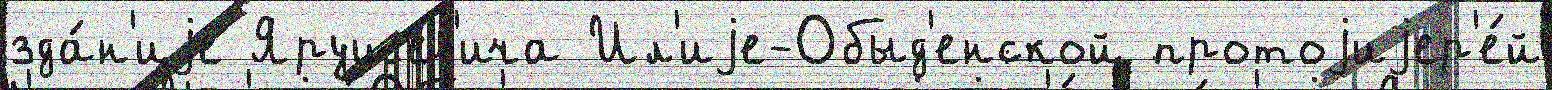
зда́н'иjе Ярушев'ича Ил'иjе-Обыд'енской протоjиjер'е́й